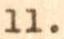
11.